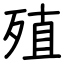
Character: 殖